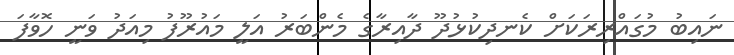
ނައިބު މުގައްރިރަކަށް ކެނދިކުޅުދޫ ދާއިރާގެ މެންބަރު އަލީ މައުރޫފު މިއަދު ވަނީ ހޮވާފަ